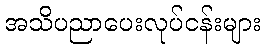
အသိပညာပေးလုပ်ငန်းများ